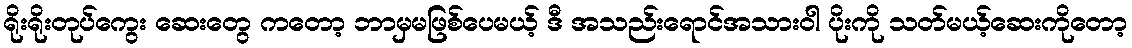
ရိုးရိုးတုပ်ကွေး ဆေးတွေ ကတော့ ဘာမှမဖြစ်ပေမယ့် ဒီ အသည်းရောင်အသားဝါ ပိုးကို သတ်မယ့်ဆေးကိုတော့